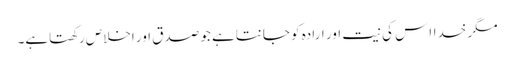
مگر خدااس کی نیت اور ارادہ کو جانتاہے جو صدق اور اخلاص رکھتاہے۔